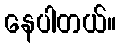
နေပါတယ်။